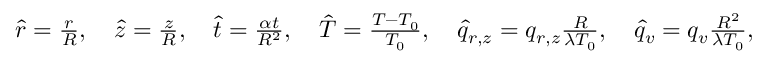
\begin{array} { r } { \hat { r } = \frac { r } { R } , \quad \hat { z } = \frac { z } { R } , \quad \hat { t } = \frac { \alpha t } { R ^ { 2 } } , \quad \hat { T } = \frac { T - T _ { 0 } } { T _ { 0 } } , \quad \hat { q } _ { r , z } = q _ { r , z } \frac { R } { \lambda T _ { 0 } } , \quad \hat { q } _ { v } = q _ { v } \frac { R ^ { 2 } } { \lambda T _ { 0 } } , } \end{array}